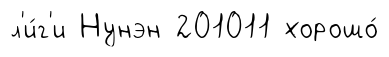
л'и́г'и Нунэн 201011 хорошо́